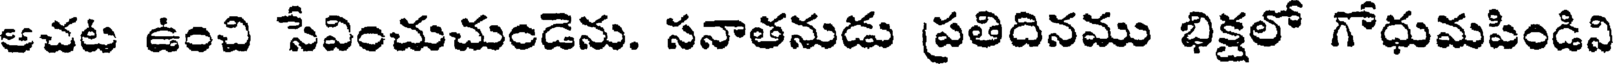
ఆచట ఉంచి సేవించుచుండెను. సనాతనుడు ప్రతిదినము భిక్షలో గోధుమపిండిని